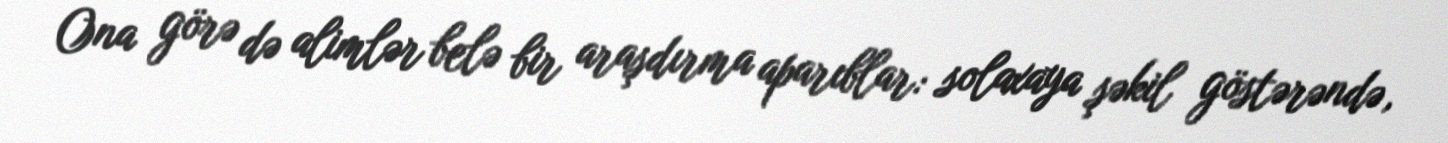
Ona görə də alimlər belə bir araşdırma aparıblar: solaxaya şəkil göstərəndə,